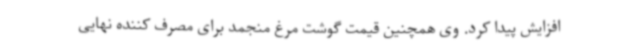
افزایش پیدا کرد. وی همچنین قیمت گوشت مرغ منجمد برای مصرف کننده نهایی